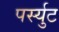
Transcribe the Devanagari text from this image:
पर्स्युट